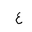
Letter: _ayn